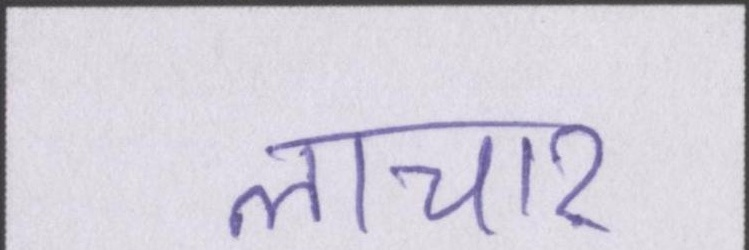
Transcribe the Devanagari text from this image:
लाचार